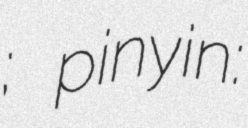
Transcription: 秧歌; pinyin: